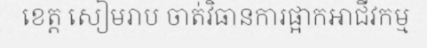
ខេត្ត សៀមរាប ចាត់វិធានការផ្អាកអាជីវកម្ម